Lunatic asylums Central Provinces reports 1874-1885 - 1874-1885
Year: 1874
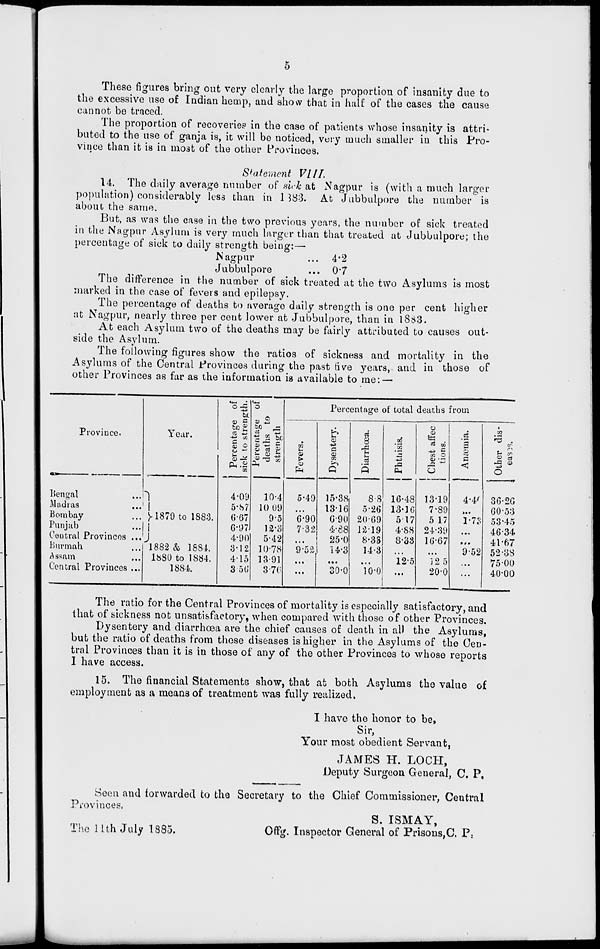
5
These figures bring out very clearly the large proportion of insanity due to
the excessive use of Indian hemp, and show that in half of the cases the cause
cannot be traced.
The proportion of recoveries in the case of patients whose insanity is attri-
buted to the use of ganja is, it will be noticed, very much smaller in this Pro-
vince than it is in most of the other Provinces.
Statement
VIII.
14. The daily average number of sick at Nagpur is (with a much larger
population) considerably less than in 1883. At Jubbulpore the number is
about the same.
But, as was the case in the two previous years, the number of sick treated
in the Nagpur Asylum is very much larger than that treated at Jubbulpore; the
percentage of sick to daily strength being:—
Nagpur ...
Jubbulpore ...
4.2
0.7
The difference in the number of sick treated at the two Asylums is most
marked in the case of fevers and epilepsy.
The percentage of deaths to average daily strength is one per cent higher
at Nagpur, nearly three per cent lower at Jubbulpore, than in 1883.
At each Asylum two of the deaths may be fairly attributed to causes out-
side the Asylum.
The following figures show the ratios of sickness and mortality in the
Asylums of the Central Provinces during the past five years, and in those of
other Provinces as far as the information is available to me: —
Province.
Bengal ...
Madras ...
Bombay ...
Punjab ...
Central Provinces ...
Burmah ...
Assam ...
Central Provinces ...
Year.
1879 to 1883.
1882 & 1884.
1880 to 1884.
1884.
Percentage of
sick to strength.
4.09
5.87
6.67
6.97
4.90
3.12
4.15
3.56
Percentage of
deaths to
strength
10.4
10.09
9.5
12.3
5.42
10.78
13.91
3.76
Percentage of total deaths from
Fevers.
5.49
...
6.90
7.32
...
9.52
...
...
Dysentery.
15.38
13.16
6.90
4.88
25.0
14.3
...
30.0
Diarrhœa.
8.8
5.26
20.69
12.19
8.33
14.3
...
10.0
Phthisis.
16.48
13.16
5.17
4.88
8.33
...
12.5
...
Chest affec
tions.
13.19
7.89
5.17
24.39
16.67
...
12.5
20.0
Anæmia.
4.40
...
1.73
...
...
9.52
...
...
Other dis-
-ases.
36.26
60.53
53.45
46.34
41.67
52.38
75.00
40.00
The ratio for the Central Provinces of mortality is especially satisfactory, and
that of sickness not unsatisfactory, when compared with those of other Provinces.
Dysentery and diarrhoea are the chief causes of death in all the Asylums,
but the ratio of deaths from these diseases is higher in the Asylums of the Cen-
tral Provinces than it is in those of any of the other Provinces to whose reports
I have access.
15. The financial Statements show, that at both Asylums the value of
employment as a means of treatment was fully realized.
I have the honor to be,
Sir,
Your most obedient Servant,
JAMES H. LOCH,
Deputy Surgeon General, C. P.
Seen and forwarded to the Secretary to the Chief Commissioner, Central
Provinces.
S. ISMAY,
The 11th July
1885.
Offg. Inspector General of Prisons, C. P.